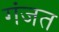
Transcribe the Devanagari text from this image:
गंजत